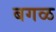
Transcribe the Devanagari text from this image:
बगळ